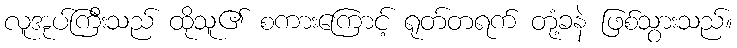
လူအုပ်ကြီးသည် ထိုသူ၏ စကားကြောင့် ရုတ်တရက် တုံ့ခနဲ ဖြစ်သွားသည်။